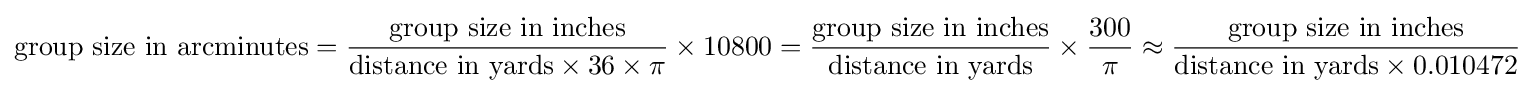
{\text{group size in arcminutes}}={\frac {\text{group size in inches}}{{\text{distance in yards}}\times 36\times \pi }}\times 10800={\frac {\text{group size in inches}}{\text{distance in yards}}}\times {\frac {300}{\pi }}\approx {\frac {\text{group size in inches}}{{\text{distance in yards}}\times 0.010472}}